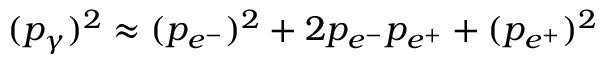
( p _ { \gamma } ) ^ { 2 } \approx ( p _ { e ^ { - } } ) ^ { 2 } + 2 p _ { e ^ { - } } p _ { e ^ { + } } + ( p _ { e ^ { + } } ) ^ { 2 }